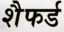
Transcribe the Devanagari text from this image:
शैफर्ड